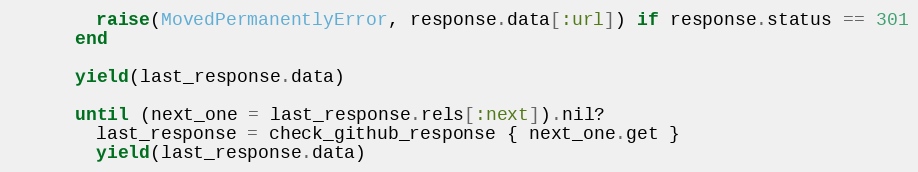
Language: Ruby
        raise(MovedPermanentlyError, response.data[:url]) if response.status == 301
      end

      yield(last_response.data)

      until (next_one = last_response.rels[:next]).nil?
        last_response = check_github_response { next_one.get }
        yield(last_response.data)